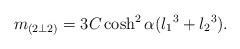
LaTeX: \begin{align*}m_{(2\bot 2)} = 3C \cosh^2 \alpha({l_1}^3 + {l_2}^3). \end{align*}